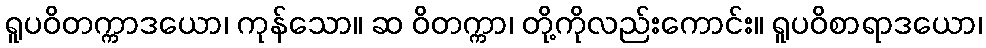
ရူပဝိတက္ကာဒယော၊ ကုန်သော။ ဆ ဝိတက္ကာ၊ တို့ကိုလည်းကောင်း။ ရူပဝိစာရာဒယော၊